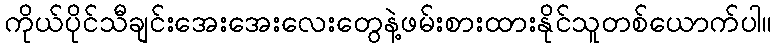
ကိုယ်ပိုင်သီချင်းအေးအေးလေးတွေနဲ့ဖမ်းစားထားနိုင်သူတစ်ယောက်ပါ။